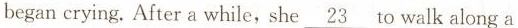
began crying. After a while,she \underline{23} to walk along a